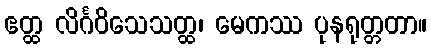
ဧတ္ထ လိင်္ဂဝိသေသတ္ထ၊ မေကဿ ပုနရုတ္တတာ။